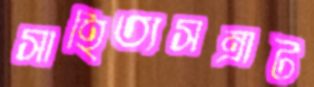
সাহিত্যসম্রাট